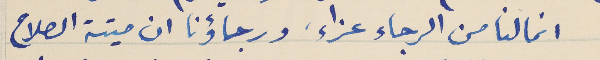
انما لنا من الرجاء عزاء، ورجاؤنا ان ميتة الصلاح